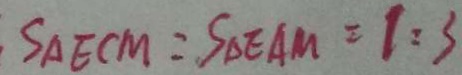
S _ { \Delta E C M } : S _ { \Delta E A M } = 1 : 3